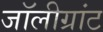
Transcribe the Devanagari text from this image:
जॉलीग्रांट